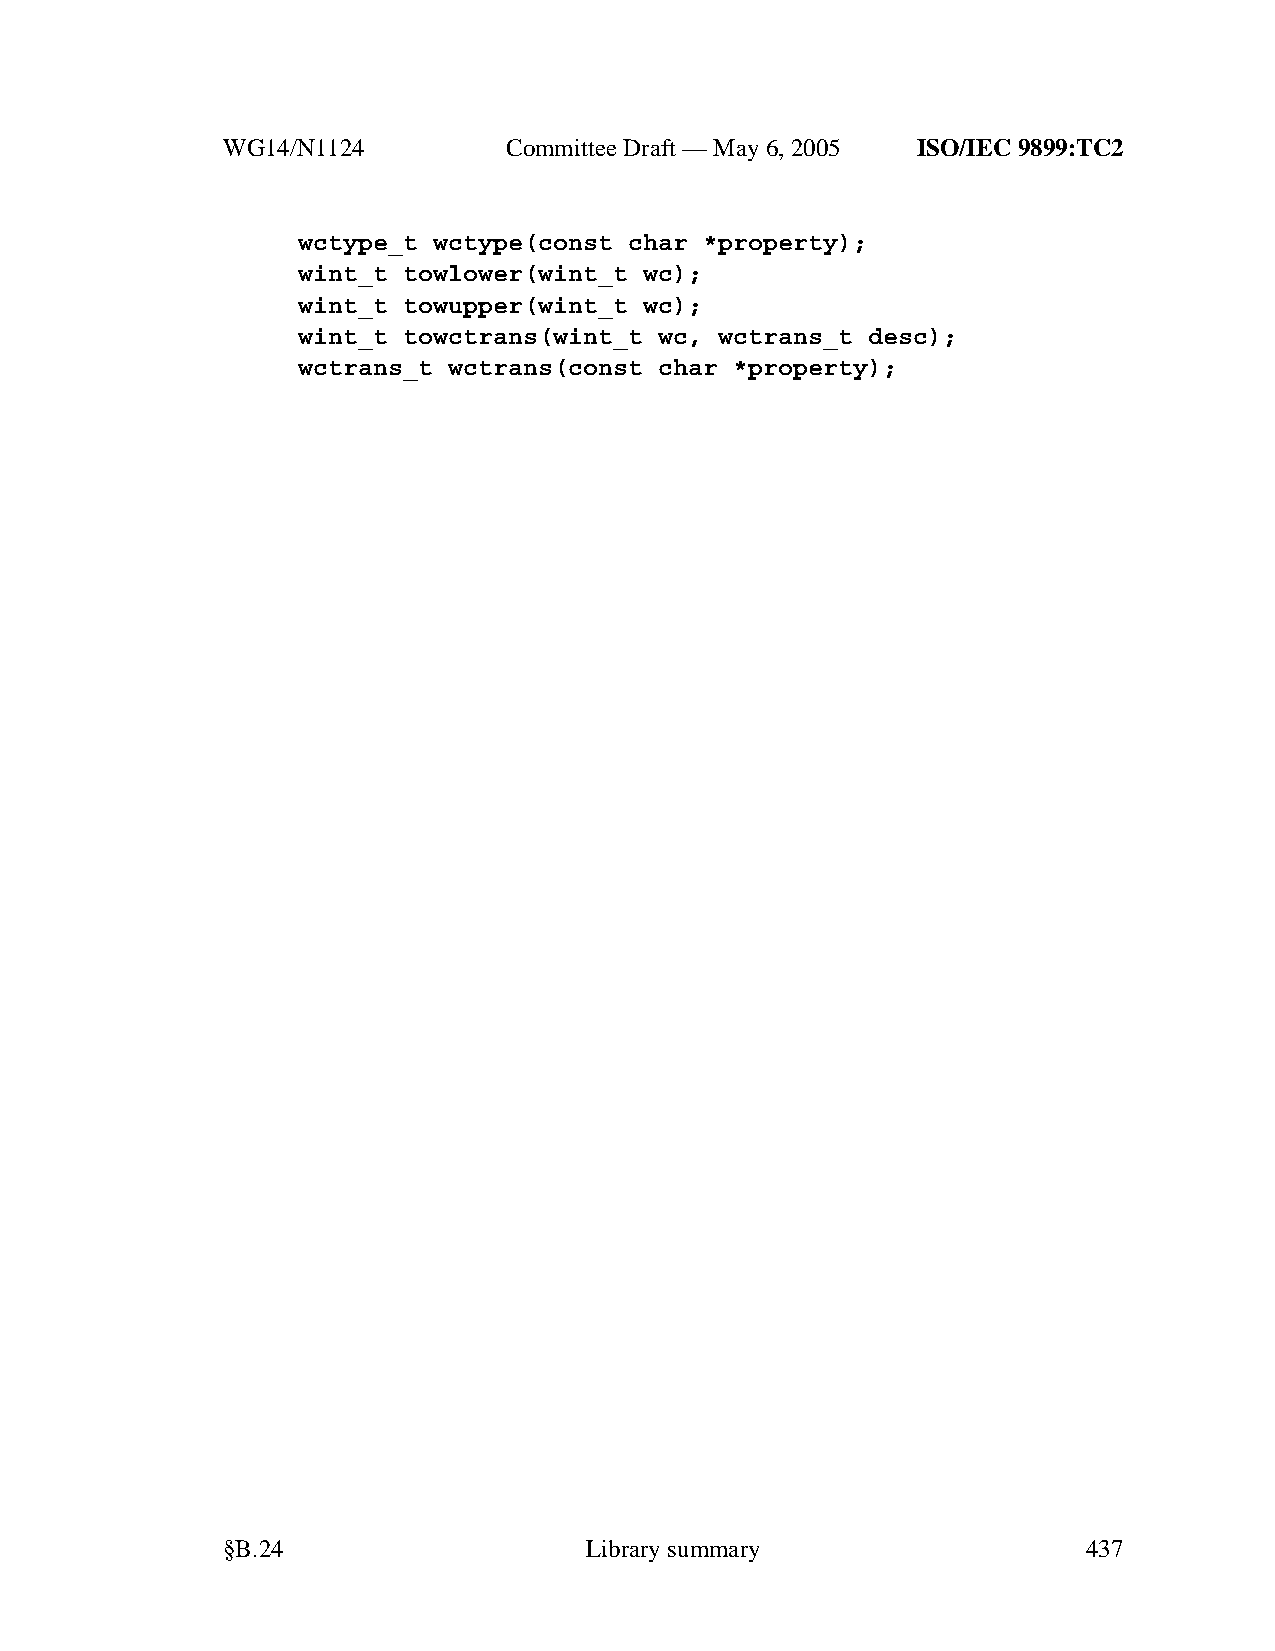
WG14/N1124        CommitteeDraft — May 6, 2005 ISO/IEC 9899:TC2
 wctype_t wctype(const char *property);
 wint_t towlower(wint_t wc);
 wint_t towupper(wint_t wc);
 wint_t towctrans(wint_t wc, wctrans_t desc);
 wctrans_t wctrans(const char *property);
 §B.24                   Librarysummary                   437